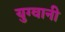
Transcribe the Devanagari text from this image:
युग्वानी